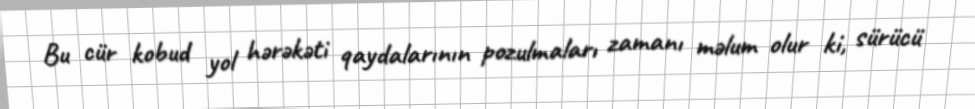
Bu cür kobud yol hərəkəti qaydalarının pozulmaları zamanı məlum olur ki, sürücü